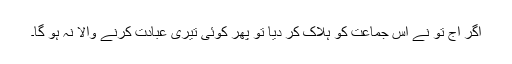
اگر آج تو نے اس جماعت کو ہلاک کر دیا تو پھر کوئی تیری عبادت کرنے والا نہ ہو گا۔